Elephants and their diseases
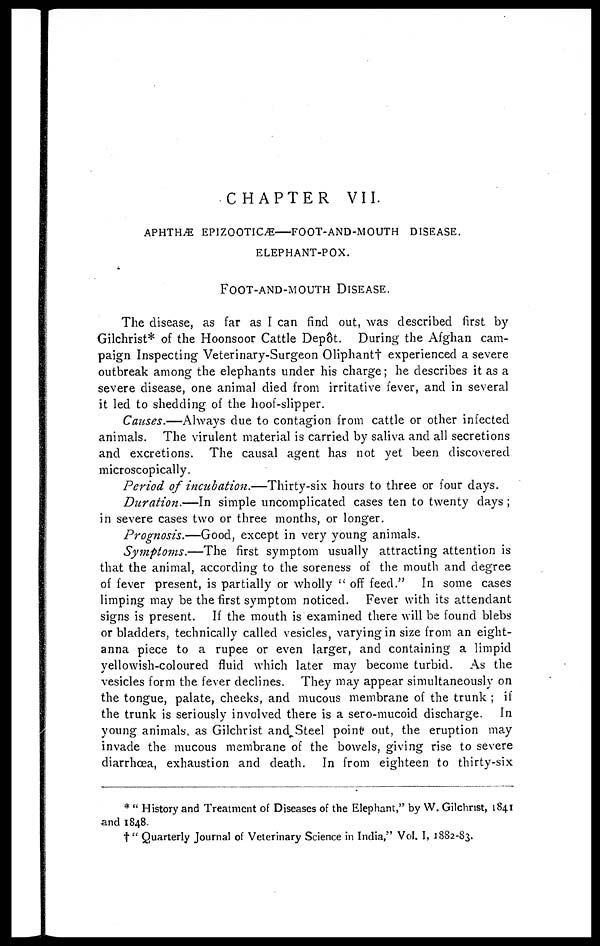
CHAPTER
VII.
APHTHÆ EPIZOOTICÆ—FOOT-AND-MOUTH DISEASE.
ELEPHANT-POX.
FOOT-AND-MOUTH
DISEASE.
The disease, as far as I can find out, was described first by
Gilchrist* of the Hoonsoor Cattle Depôt. During the Afghan cam-
paign Inspecting Veterinary-Surgeon Oliphant† experienced a severe
outbreak among the elephants under his charge; he describes it as a
severe disease, one animal died from irritative fever, and in several
it led to shedding of the hoof-slipper.
Causes.—Always due to contagion from cattle or other infected
animals. The virulent material is carried by saliva and all secretions
and excretions. The causal agent has not yet been discovered
microscopically.
Period of incubation.—Thirty-six
hours to three or four days.
Duration.—In
simple uncomplicated cases ten to twenty days ;
in severe cases two or three months, or longer.
Prognosis.—Good, except in very young animals.
Symptoms.—The first symptom usually attracting attention is
that the animal, according to the soreness of the mouth and degree
of fever present, is partially or wholly " off feed." In some cases
limping may be the first symptom noticed. Fever with its attendant
signs is present. If the mouth is examined there will be found blebs
or bladders, technically called vesicles, varying in size from an eight-
anna piece to a rupee or even larger, and containing a limpid
yellowish-coloured fluid which later may become turbid. As the
vesicles form the fever declines. They may appear simultaneously on
the tongue, palate, cheeks, and mucous membrane of the trunk ; if
the trunk is seriously involved there is a sero-mucoid discharge. In
young animals, as Gilchrist and Steel point out, the eruption may
invade the mucous membrane of the bowels, giving rise to severe
diarrhoea, exhaustion and death. In from eighteen to thirty-six
* " History and Treatment of Diseases of the Elephant," by W. Gilchrist, 1841
and 1848.
†" Quarterly Journal of Veterinary Science in India," Vol. I, 1882-83.